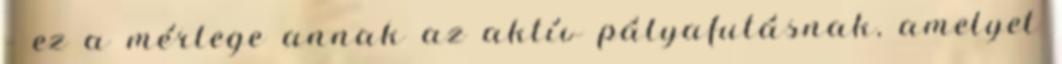
– ez a mérlege annak az aktív pályafutásnak, amelyet